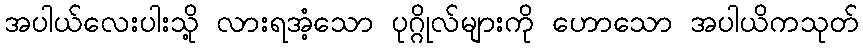
အပါယ်လေးပါးသို့ လားရအံ့သော ပုဂ္ဂိုလ်များကို ဟောသော အပါယိကသုတ်